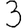
Digit: 3